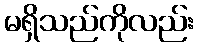
မရှိသည်ကိုလည်း